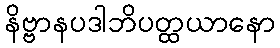
နိဗ္ဗာနပဒါဘိပတ္ထယာနော